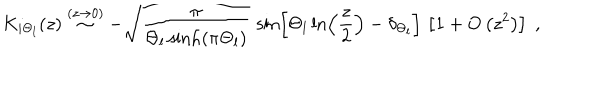
K _ { i \Theta _ { l } } ( z ) \stackrel { ( z \rightarrow 0 ) } { \sim } - \sqrt { \frac { \pi } { \Theta _ { l } \sinh \left( \pi \Theta _ { l } \right) } } \, \sin \left[ \Theta _ { l } \ln \left( \frac { z } { 2 } \right) - \delta _ { \Theta _ { l } } \right] \, \left[ 1 + O \left( z ^ { 2 } \right) \right] \; ,